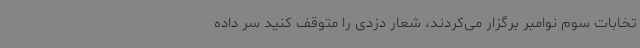
تخابات سوم نوامبر برگزار می‌کردند، شعار دزدی را متوقف کنید سر داده